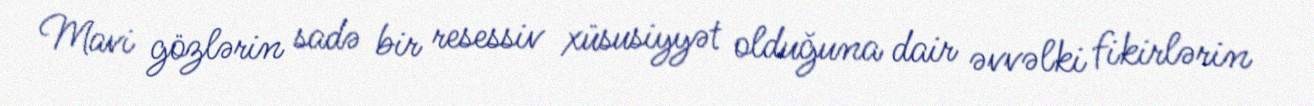
Mavi gözlərin sadə bir resessiv xüsusiyyət olduğuna dair əvvəlki fikirlərin